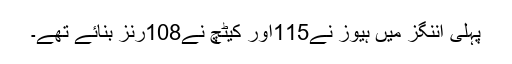
پہلی اننگز میں ہیوز نے115اور کیٹچ نے108رنز بنائے تھے۔